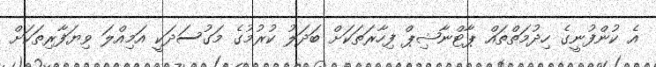
އެ ކުންފުނީގެ ހިދުމަތްތައް ޕާޓްނާޝިޕް ފިހާރަތަކަށް ބަދަލު ކުރުމުގެ މަގުސަދަކީ އަމިއްލަ ވިޔަފާރިތަކަށް